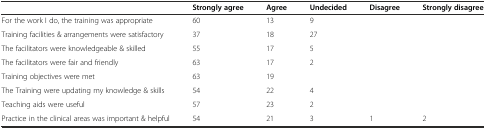
|  | Strongly agree | Agree | Undecided | Disagree | Strongly disagree |
 | --- | --- | --- | --- | --- | --- |
 | For the work I do, the training was appropriate | 60 | 13 | 9 |  |  |
 | Training facilities & arrangements were satisfactory | 37 | 18 | 27 |  |  |
 | The facilitators were knowledgeable & skilled | 55 | 17 | 5 |  |  |
 | The facilitators were fair and friendly | 63 | 17 | 2 |  |  |
 | Training objectives were met | 63 | 19 |  |  |  |
 | The Training were updating my knowledge & skills | 54 | 22 | 4 |  |  |
 | Teaching aids were useful | 57 | 23 | 2 |  |  |
 | Practice in the clinical areas was important & helpful | 54 | 21 | 3 | 1 | 2 |